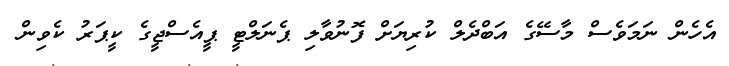
އެހެން ނަމަވެސް މާސޭގެ އަބްދެލް ކުރިޔަށް ފޮނުވާލި ޕެނަލްޓީ ޕީއެސްޖީގެ ކީޕަރު ކެވިން